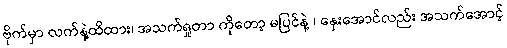
ဗိုက်မှာ လက်နဲ့ထိထား၊ အသက်ရှုတာ ကိုတော့ မပြင်နဲ့ ၊ နှေးအောင်လည်း အသက်အောင့်